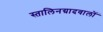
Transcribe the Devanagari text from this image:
स्तालिनग्रादवालों